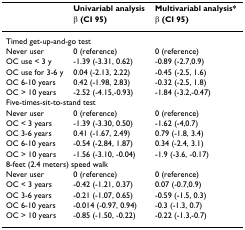
<table><thead><tr><td></td><td><b>Univariabl analysis</b></td><td><b>Multivariabl analysis*</b></td></tr><tr><td></td><td><b>β (CI 95)</b></td><td><b>β (CI 95)</b></td></tr></thead><tbody><tr><td colspan="3">Timed get-up-and-go test</td></tr><tr><td>Never user</td><td>0 (reference)</td><td>0 (reference)</td></tr><tr><td>OC use &lt; 3 y</td><td>-1.39 (-3.31, 0.62)</td><td>-0.89 (-2.7,0.9)</td></tr><tr><td>OC use for 3-6 y</td><td>0.04 (-2.13, 2.22)</td><td>-0.45 (-2.5, 1.6)</td></tr><tr><td>OC 6-10 years</td><td>0.42 (-1.98, 2.83)</td><td>-0.32 (-2.5, 1.8)</td></tr><tr><td>OC &gt; 10 years</td><td>-2.52 (-4.15,-0.93)</td><td>-1.84 (-3.2,-0.47)</td></tr><tr><td colspan="3">Five-times-sit-to-stand test</td></tr><tr><td>Never user</td><td>0 (reference)</td><td>0 (reference)</td></tr><tr><td>OC &lt; 3 years</td><td>-1.39 (-3.30, 0.50)</td><td>-1.62 (-4,0.7)</td></tr><tr><td>OC 3-6 years</td><td>0.41 (-1.67, 2.49)</td><td>0.79 (-1.8, 3.4)</td></tr><tr><td>OC 6-10 years</td><td>-0.54 (-2.84, 1.87)</td><td>0.34 (-2.4, 3.1)</td></tr><tr><td>OC &gt; 10 years</td><td>-1.56 (-3.10, -0.04)</td><td>-1.9 (-3.6, -0.17)</td></tr><tr><td colspan="3">8-feet (2.4 meters) speed walk</td></tr><tr><td>Never user</td><td>0 (reference)</td><td>0 (reference)</td></tr><tr><td>OC &lt; 3 years</td><td>-0.42 (-1.21, 0.37)</td><td>0.07 (-0.7,0.9)</td></tr><tr><td>OC 3-6 years</td><td>-0.21 (-1.07, 0.65)</td><td>-0.59 (-1.5, 0.3)</td></tr><tr><td>OC 6-10 years</td><td>-0.014 (-0.97, 0.94)</td><td>-0.3 (-1.3, 0.7)</td></tr><tr><td>OC &gt; 10 years</td><td>-0.85 (-1.50, -0.22)</td><td>-0.22 (-1.3,-0.7)</td></tr></tbody></table>